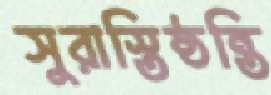
সুরাস্তিষ্ঠন্তি